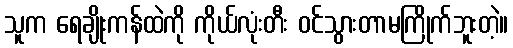
သူက ရေချိုးကန်ထဲကို ကိုယ်လုံးတီး ဝင်သွားတာမကြိုက်ဘူးတဲ့။